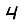
Digit: 4